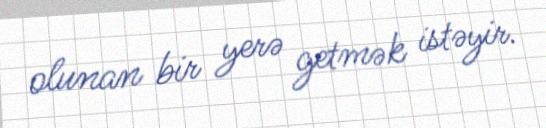
olunan bir yerə getmək istəyir.